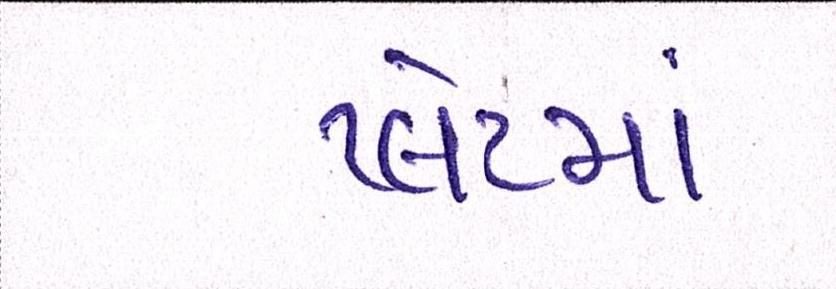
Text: પ્લેટમાં